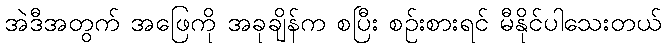
အဲဒီအတွက် အဖြေကို အခုချိန်က စပြီး စဉ်းစားရင် မီနိုင်ပါသေးတယ်